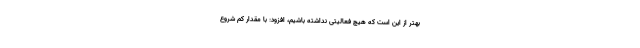
بهتر از این است که هیچ فعالیتی نداشته باشیم، افزود: با مقدار کم شروع